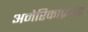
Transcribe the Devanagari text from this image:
अमेरिकाप्रकट